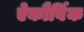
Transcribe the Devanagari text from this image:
ऐकौर्बिक